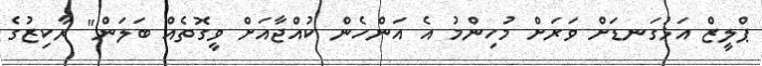
ޕްލީޒް އަޅުގަނޑަށް ވަރަށް މުހިންމު އެ އަންހެން ކުއްޖާއަށް ވީގޮތެއް ބަލަން" ރާކިޒުގެ